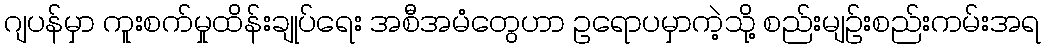
ဂျပန်မှာ ကူးစက်မှုထိန်းချုပ်ရေး အစီအမံတွေဟာ ဥရောပမှာကဲ့သို့ စည်းမျဥ်းစည်းကမ်းအရ